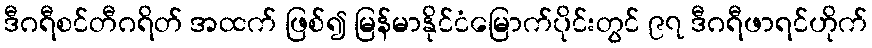
ဒီဂရီစင်တီဂရိတ် အထက် ဖြစ်၍ မြန်မာနိုင်ငံမြောက်ပိုင်းတွင် ၉၇ ဒီဂရီဖာရင်ဟိုက်